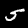
Digit: 5